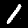
Label: 1